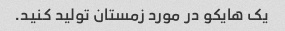
یک هایکو در مورد زمستان تولید کنید.